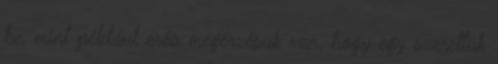
be, mint például erős megérzésük van, hogy egy szerettük